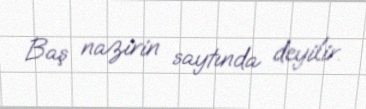
Baş nazirin saytında deyilir.